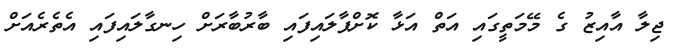
ޖިލާ އާއިޒު ގެ މޭމަތީގައި އަތް އަޅާ ކޮށްޕާލައިފައި ބާރުބާރަށް ހިނގާލައިފައި އެތެރެއަށް